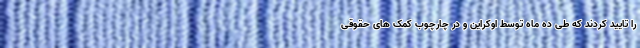
را تایید کردند که طی ده ماه توسط اوکراین و در چارچوب کمک های حقوقی